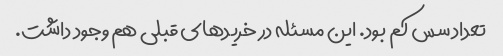
تعداد سس کم بود. این مسئله در خریدهای قبلی هم وجود داشت.